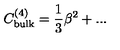
C _ { \mathrm { b u l k } } ^ { ( 4 ) } = \frac { 1 } { 3 } \beta ^ { 2 } + . . .